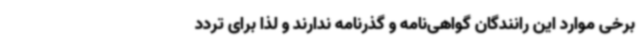
برخی موارد این رانندگان گواهی‌نامه و گذرنامه ندارند و لذا برای تردد